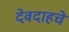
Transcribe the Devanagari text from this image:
देवदाहचे